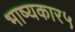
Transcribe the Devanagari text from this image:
भाष्यकार५